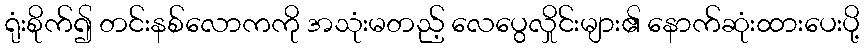
ရုံးစိုက်၍ တင်းနစ်လောကကို အသုံးမတည့် လေပွေလှိုင်းများ၏ နောက်ဆုံးထားပေးပို့